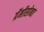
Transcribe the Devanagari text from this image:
ग्रॅमीसोबत